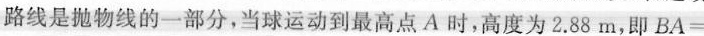
路线是抛物线的一部分，当球运动到最高点A时，高度为2.88 m，即$$B A =